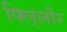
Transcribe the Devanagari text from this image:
फ्लि्लौर